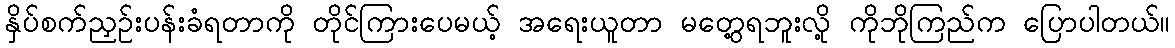
နှိပ်စက်ညှဉ်းပန်းခံရတာကို တိုင်ကြားပေမယ့် အရေးယူတာ မတွေ့ရဘူးလို့ ကိုဘိုကြည်က ပြောပါတယ်။